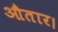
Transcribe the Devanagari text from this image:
औतार।